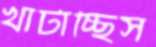
খাটাচ্ছিস